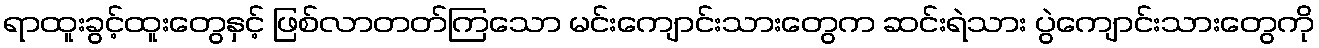
ရာထူးခွင့်ထူးတွေနှင့် ဖြစ်လာတတ်ကြသော မင်းကျောင်းသားတွေက ဆင်းရဲသား ပွဲကျောင်းသားတွေကို